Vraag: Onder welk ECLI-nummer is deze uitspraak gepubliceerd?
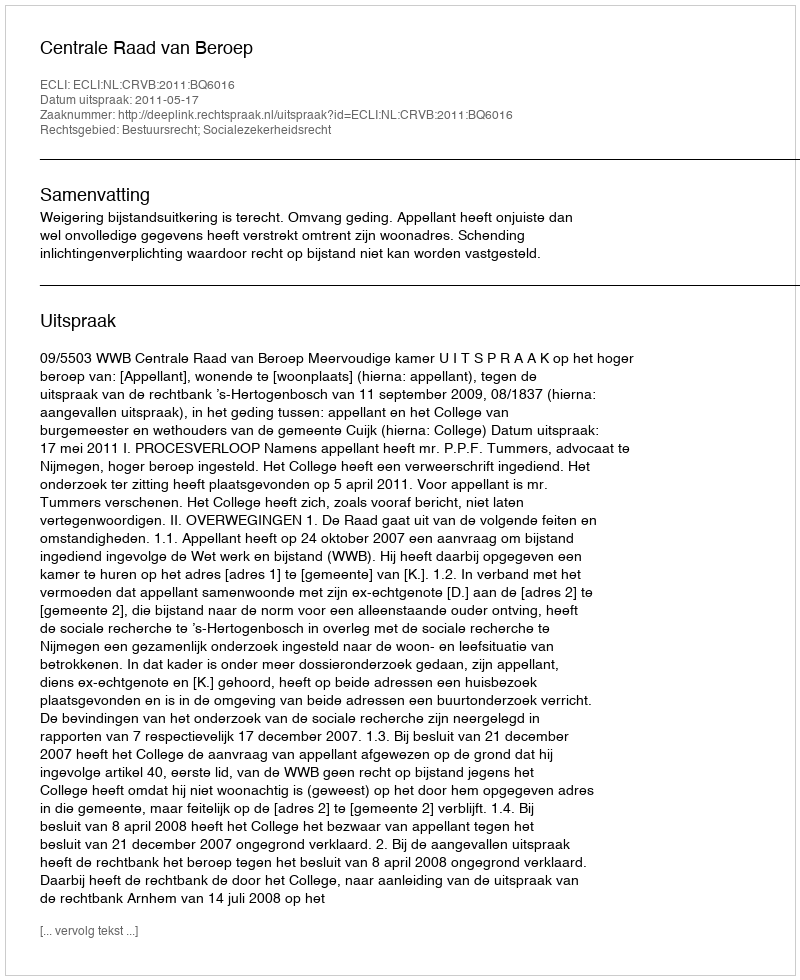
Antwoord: ECLI:NL:CRVB:2011:BQ6016